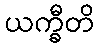
ယက္ခီတိ